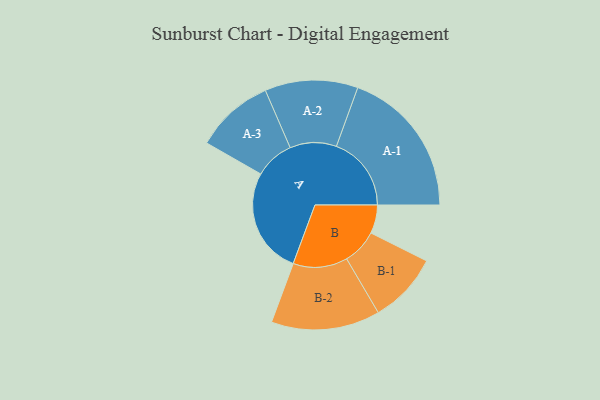
{"axis": {"x": "Segment", "y": "Value"}, "legend": ["", "A", "B"], "data": [{"x": "A", "y": 389, "type": ""}, {"x": "B", "y": 104, "type": ""}, {"x": "A-1", "y": 274, "type": "A"}, {"x": "A-2", "y": 170, "type": "A"}, {"x": "A-3", "y": 144, "type": "A"}, {"x": "B-1", "y": 129, "type": "B"}, {"x": "B-2", "y": 199, "type": "B"}]}